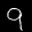
Label: 9